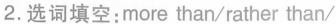
2.选词填空:more than/rather than/